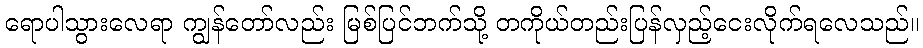
ရောပါသွားလေရာ ကျွန်တော်လည်း မြစ်ပြင်ဘက်သို့ တကိုယ်တည်းပြန်လှည့်ငေးလိုက်ရလေသည်။